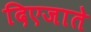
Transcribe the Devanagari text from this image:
दिएजाते